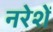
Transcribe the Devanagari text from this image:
नरेशें